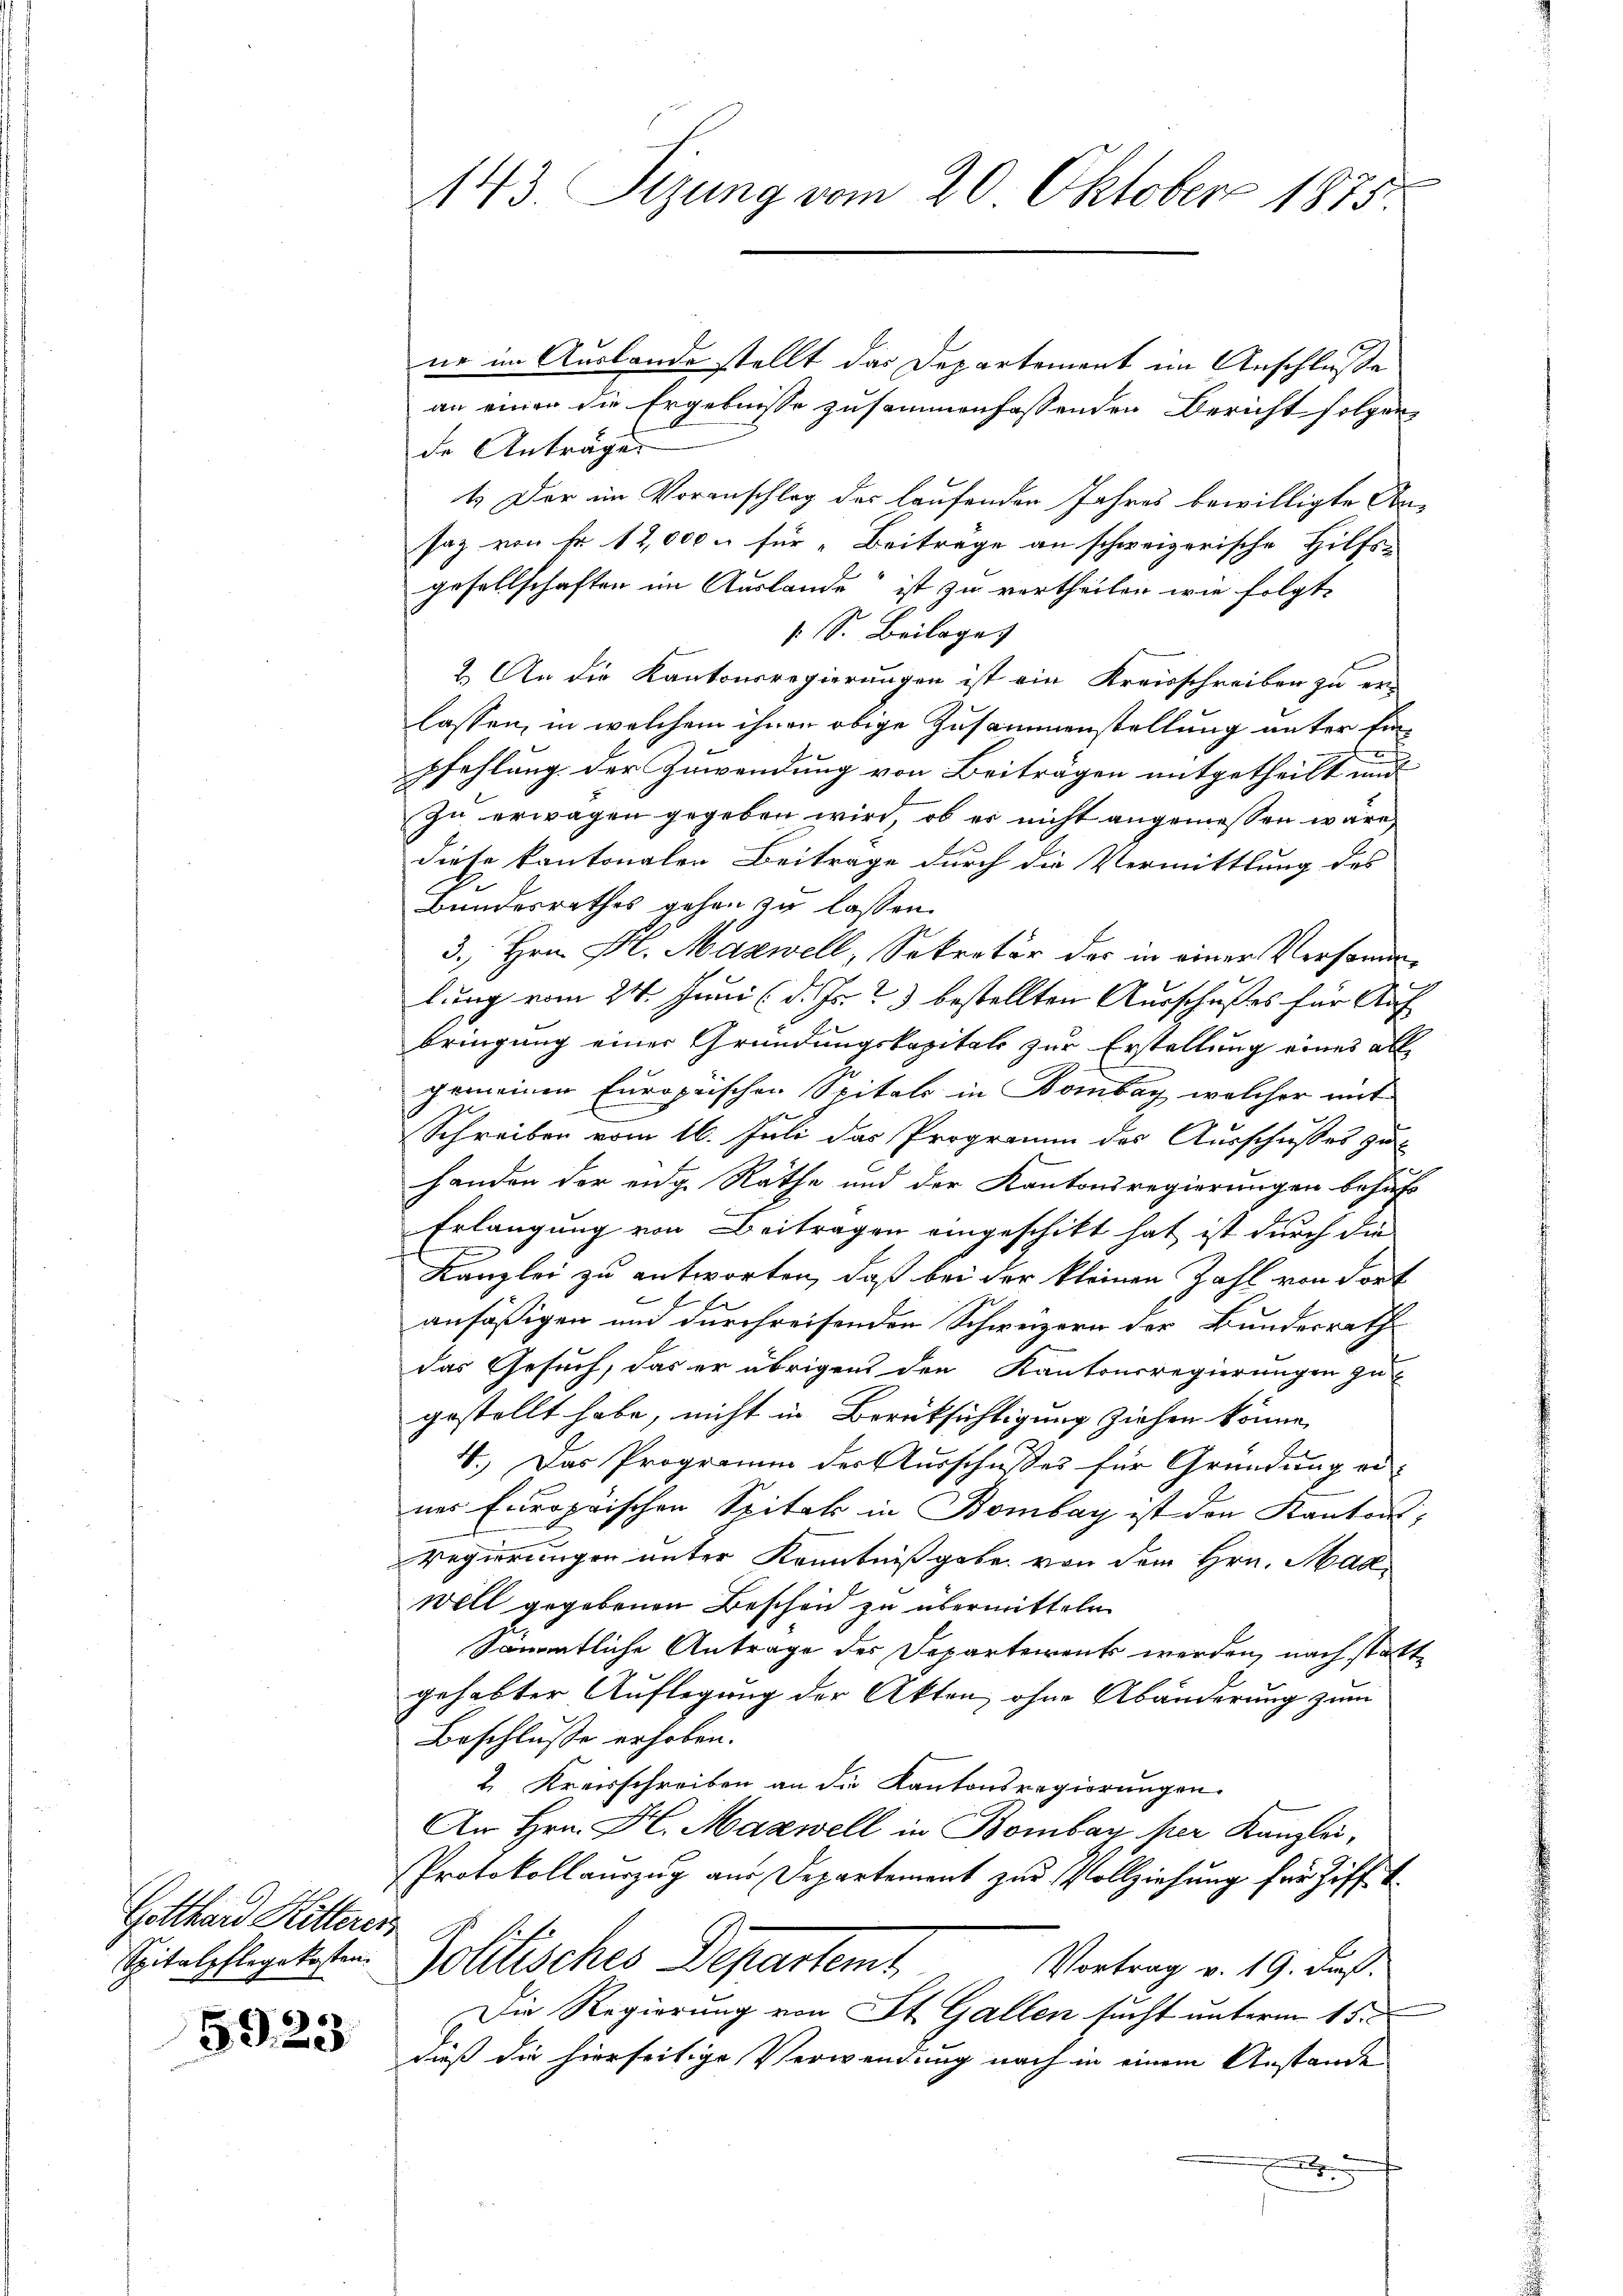
Gotthard Ritteres

5923

ne im Auslande stellt das Departement im Anschluße
an einen die Ergebnisse zusammenfassenden Bericht folgen
de Anträge.
4. Der im Voranschlag des laufenden Jahres bewilligte Ansaz von Fr. 12,000 u für „Beitrage an schweizerische Hilfs-
gesellschaften im Auslande“ ist zu vertheilen wie folgte
 S. Beilage)
2. An die Kantonsregierungen ist ein Kreisschreiben zu erlassen, in welchem ihnen obige Zusammenstellung unter Einpfehlung der Zuwendung von Beiträgen mitgetheilt mit
Zu erwagen gegeben wird, ob es nicht angemessen wäre,
diese kantonalen Beitrage durch die Vermittlung des
Bundesrathes gehen zu lassen.
3. Hrn. Frl. Mazwell, Sekretär der in einer Versammlung vom 24. Juni (d. Js. 3 bestellten Ausschußes für Auf
bringung einer Gründungskapital zur Erstellung eines all
gemeinen Europaischen Spitals in Bombay, welcher mit
Schreiben vom 16. Juli das Programm des Ausschusses zu
handen der eidg. Räthe und der Kantonsregierungen behuf
Erlangung von Beitragen eingeschikt hat ist durch die
Kanzlei zu antworten, daß bei der kleinen Zahl von Fort
E
ansäßigen und durchreisenden Schweizern der Bundesrath
das Gesuch, das er übrigens den Kantonsregierungen zu
gestellt habe, nicht in Berüksichtigung ziehen könne,
4.) Das Programm der Ausschußes für Gründung erner Europäischen Spital in Bombay ist den Kantons,
Regierungen unter Kenntnißgabe von dem Hrn. Mad¬
Will gegebenen Bescheid zu übermitteln
Sämmtliche Antrage des Departement werden, nach statte
gehabter Auflegung der Akten, ohne Abänderung zum
Beschlusse erhoben.
2. Kreisschreiben an die Kantonsregierungen.
An Hrn. H. Mazwell in Bombar per Kanzlei,
Protokollauszug aus Departement zur Vollziehung für Ziff.
Spitalpflegtesten Politisches Departemt,
Vortrag v. 19. ds.
Die Regierung von St. Gallen sucht unterm 15.
dieß die hierseitige Verwendung nach in einem Anstande
5

143. Sitzung vom 20. Oktober 1875.